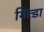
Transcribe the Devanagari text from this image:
गित्डा